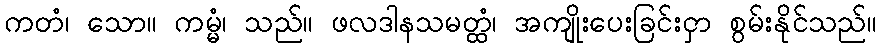
ကတံ၊ သော။ ကမ္မံ၊ သည်။ ဖလဒါနသမတ္ထံ၊ အကျိုးပေးခြင်းငှာ စွမ်းနိုင်သည်။